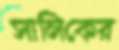
সালিকের